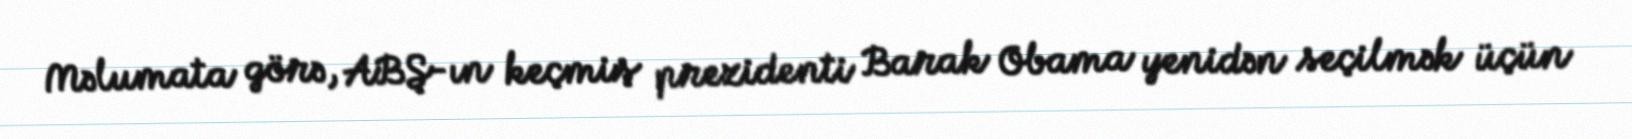
Məlumata görə, ABŞ-ın keçmiş prezidenti Barak Obama yenidən seçilmək üçün